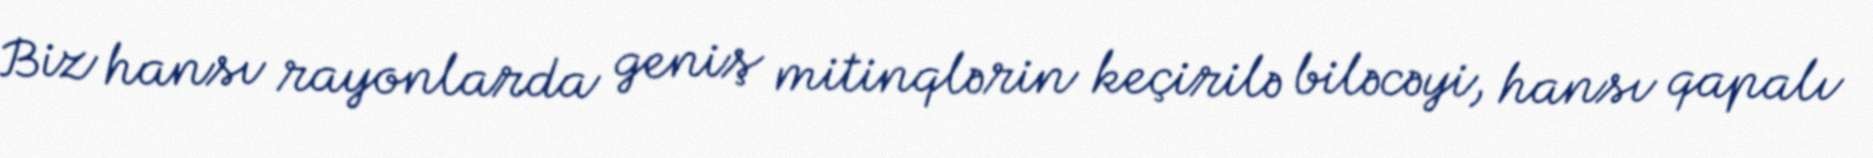
Biz hansı rayonlarda geniş mitinqlərin keçirilə biləcəyi, hansı qapalı